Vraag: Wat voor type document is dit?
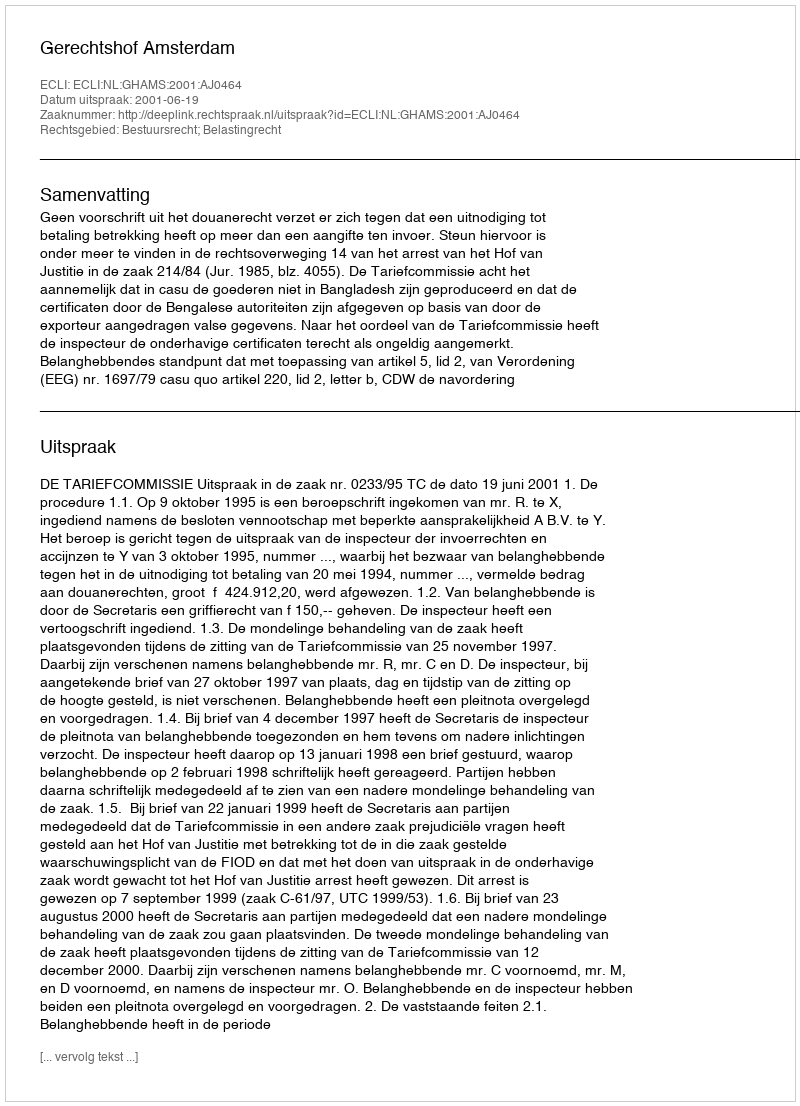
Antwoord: Uitspraak